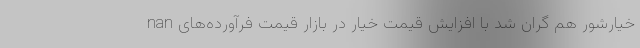
nan خیارشور هم گران شد با افزایش قیمت خیار در بازار قیمت فرآورده‌های